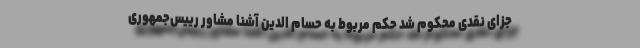
جزای نقدی محکوم شد حکم مربوط به حسام الدین آشنا مشاور رییس‌جمهوری